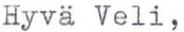
Hyvä Veli,